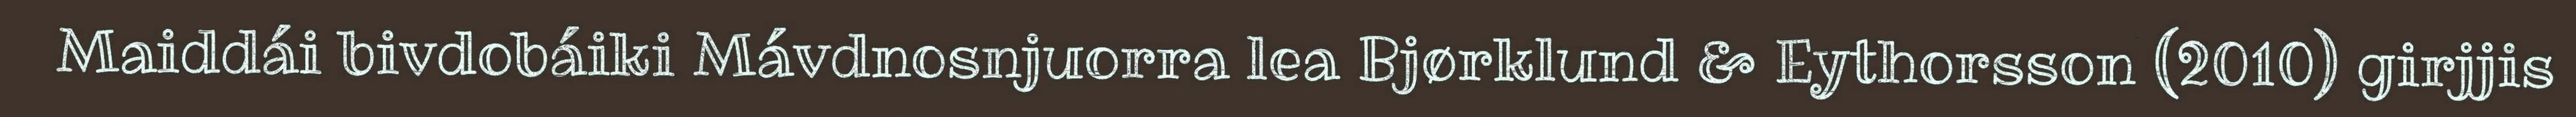
Maiddái bivdobáiki Mávdnosnjuorra lea Bjørklund & Eythorsson (2010) girjjis